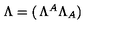
\Lambda = \left( \begin{matrix} { \Lambda ^ { A } } \\ { \Lambda _ { A } } \\ \end{matrix} \right)